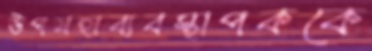
উপমহাব্যবস্থাপককে